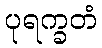
ပုရက္ခတံ